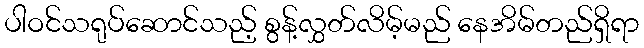
ပါဝင်သရုပ်ဆောင်သည့် စွန့်လွှတ်လိမ့်မည် နေအိမ်တည်ရှိရာ